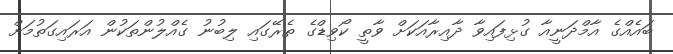
ބައެއްގެ އާމްދަނީއާ ގުޅިފައިވާ ދާއިރާއަކަށް ވާތީ ކޯވިޑްގެ ތެރޭގައި ލިބުނު ގެއްލުންތަކުން އަރައިގަތުމަށް